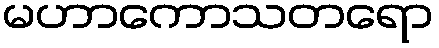
မဟာကောသတရော